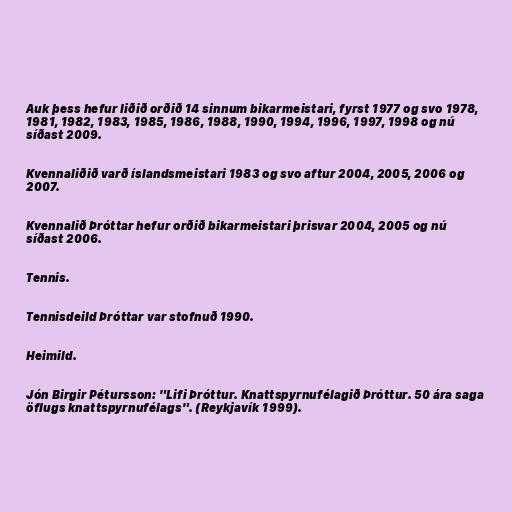
Auk þess hefur liðið orðið 14 sinnum bikarmeistari, fyrst 1977 og svo 1978,
1981, 1982, 1983, 1985, 1986, 1988, 1990, 1994, 1996, 1997, 1998 og nú
síðast 2009.

Kvennaliðið varð íslandsmeistari 1983 og svo aftur 2004, 2005, 2006 og
2007.

Kvennalið Þróttar hefur orðið bikarmeistari þrisvar 2004, 2005 og nú
síðast 2006.

Tennis.

Tennisdeild Þróttar var stofnuð 1990.

Heimild.

Jón Birgir Pétursson: "Lifi Þróttur. Knattspyrnufélagið Þróttur. 50 ára saga
öflugs knattspyrnufélags". (Reykjavík 1999).